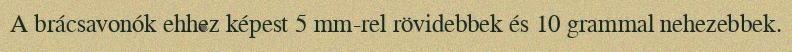
A brácsavonók ehhez képest 5 mm-rel rövidebbek és 10 grammal nehezebbek.